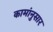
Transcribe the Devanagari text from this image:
कामांनुसार